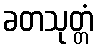
ခတသုတ္တံ